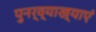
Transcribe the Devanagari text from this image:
पुनर्व्याख्याएं